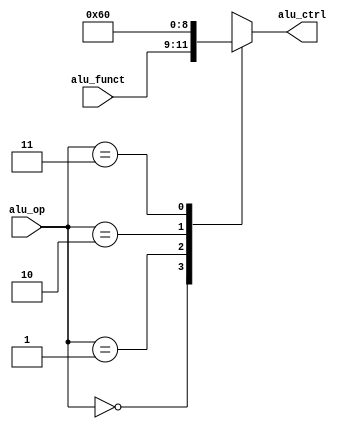
`timescale 1ns / 1ps
//////////////////////////////////////////////////////////////////////////////////
// Company: 
// Engineer: 
// 
// Design Name: 
// Module Name: alu_control_unit
// Project Name: 
// Target Devices: 
// Tool Versions: 
// Description: 
// 
// Dependencies: 
// 
// Revision:
// Revision 0.01 - File Created
// Additional Comments:
// 
//////////////////////////////////////////////////////////////////////////////////


module alu_control_unit(alu_op,alu_funct,alu_ctrl);

//-----------------------------------PORT DECLARATIONS-----------------------------------//
input [1:0]alu_op;
input [2:0]alu_funct;
output reg [2:0]alu_ctrl;

//-----------------------------------CONTROL SIGNALS GENERATION-----------------------------------//
always@(*)
    begin
        case(alu_op)
            2'b00: alu_ctrl <= alu_funct;
            2'b01: alu_ctrl <= 3'b001;
            2'b10: alu_ctrl <= 3'b100;
            2'b11: alu_ctrl <= 3'b000;
            default: alu_ctrl <= 3'b000;
        endcase
    end
endmodule